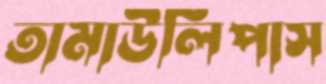
তামাউলিপাস